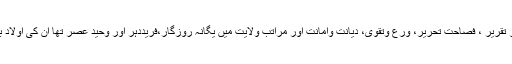
خاندان ولی اللہ دہلوی کا ہر فرد علم وعمل ،عقل وفہم،زور تقریر ، فصاحت تحریر، ورع وتقویٰ، دیانت وامانت اور مراتب ولایت میں یگانہ روزگار،فریددہر اور وحید عصر تھا ان کی اولاد بھی انہی درجات بلند پر فائز تھی یہ ایک زریں سلسلہ تھا۔